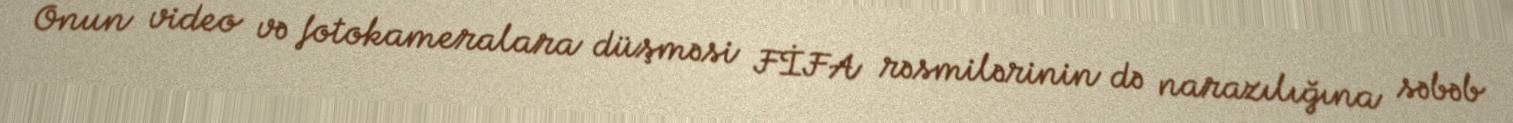
Onun video və fotokameralara düşməsi FİFA rəsmilərinin də narazılığına səbəb